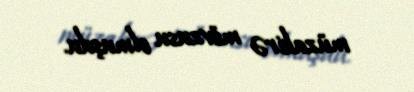
müzakirə mövzusu olmuşdu.